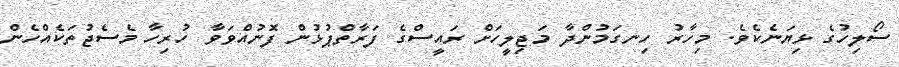
ސޯލިހުގެ ޅިޔަނެކެވެ. މިހާރު ހިނގަމުންދާ މަޖިލީހަށް ރައީސްގެ ފަރާތްޕުޅުން ފޮނުއްވަވާ ހުރިހާ މެސެޖުތަކެއްހެން